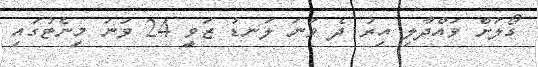
ގޯލަށް ވައްދާލި އިރު ދެ ވަނަ ލަނޑު ޒަވީ 24 ވަނަ މިނެޓުގައި